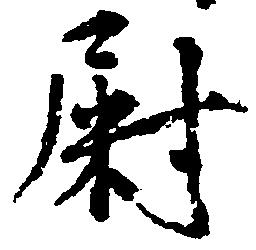
尉